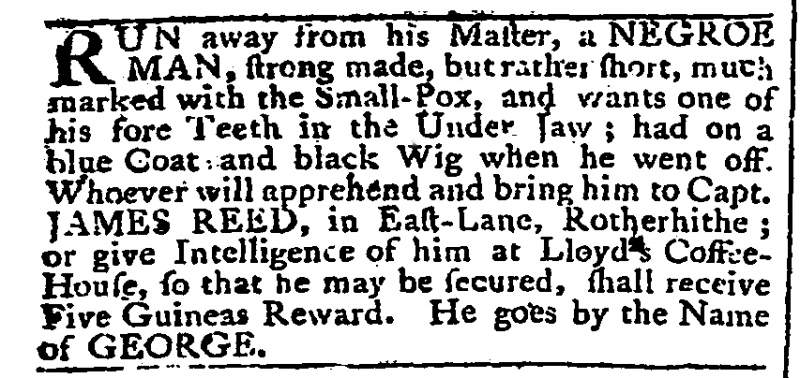
Gazetteer and New Daily Advertiser, 4 March 1765 (England)
RUN away from his Master, a NEGROE MAN, strong made, but rather short, much marked with the Small-Pox, and wants one of his fore Teeth in the Under Jaw; had on a blue Coat and black Wig when he went off. Whoever will apprehend and bring him to Capt. JAMES REED, in East-Lane, Rotherhithe; or give Intelligence of him at Lloyd’s Coffee-House, so that he may be secured, shall receive Five Guineas Reward. He goes by the Name of GEORGE.